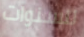
للسنوات